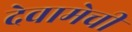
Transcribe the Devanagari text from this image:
देवामेची